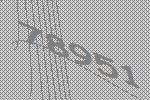
78951